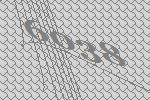
6038